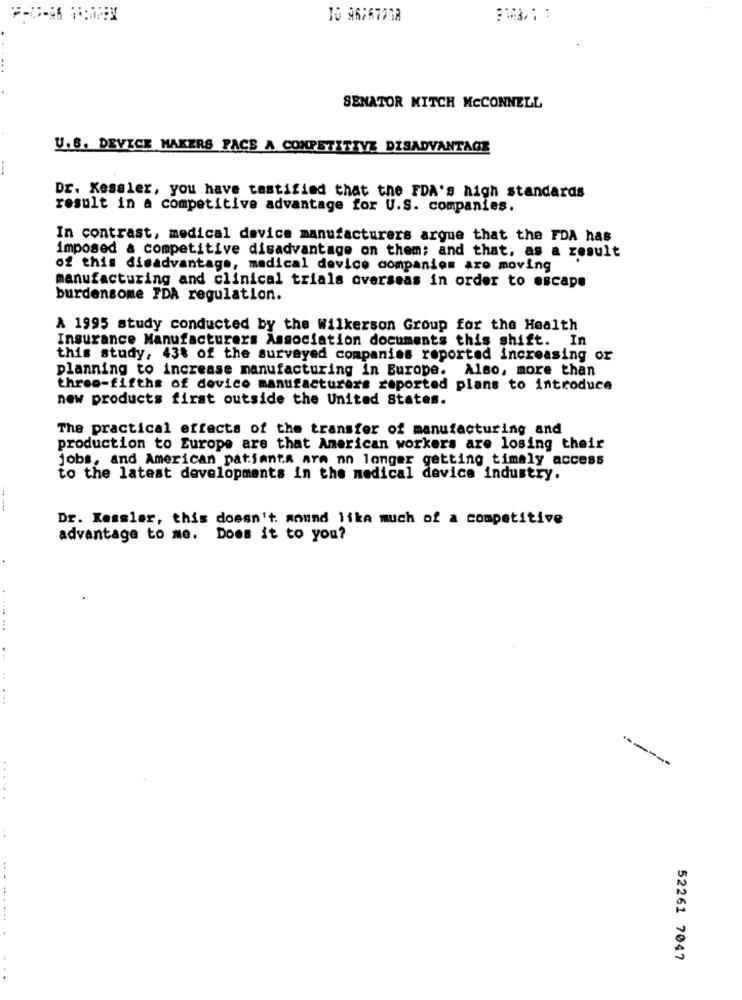
10 96767268
SENATOR MITCH MCCONNELL
U.B. DEVICE MAKERS FACE A COMPETITIVE DISADVANTAGE
Dr. Kessler, you have tastified that the FDA's high standards
result in a competitive advantage for U.S. companies.
In contrast, medical device manufacturers argue that the FDA has
imposed & competitive disadvantage on them; and that, as a result
of this disadvantage, medical device companion are moving
manufacturing and clinical trials overseas in order to escape
burdensome FDA regulation.
A 1995 study conducted by the Wilkerson Group for the Health
Insurance Manufacturers Association documents this shift. In
this study, 43% of the surveyed companies reported increasing or
planning to increase manufacturing in Europe. Also, more than
three-fifths of dovico manufacturers reported plans to introduce
new products first outside the United States.
The practical effects of the transfer of manufacturing and
production to Europe are that American workers are losing their
jobs, and American patjanta arm no longer getting timely access
to the latest developments in the medical device industry.
Dr. Kassler, this doesn't. mound lika much of a competitive
advantage to me.
Does it to you?
......
52261 7047